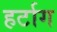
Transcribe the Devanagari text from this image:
हर्टाग